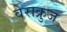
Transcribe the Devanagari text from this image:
वेराक्रुज